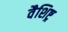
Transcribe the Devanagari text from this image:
वैशिष्ट्र